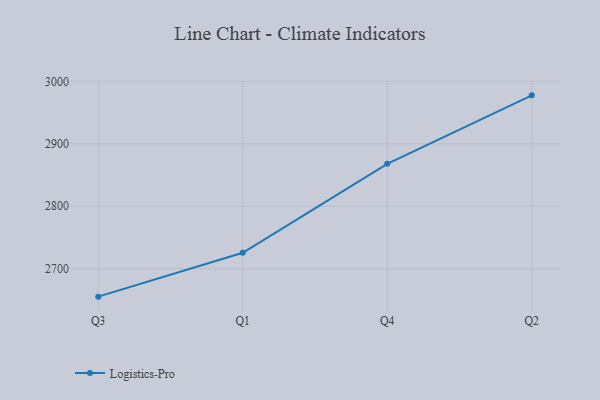
{"axis": {"x": "Quarter", "y": "Backlog"}, "legend": ["Logistics-Pro"], "data": [{"x": "Q3", "y": 2655.2, "type": "Logistics-Pro"}, {"x": "Q1", "y": 2725.5, "type": "Logistics-Pro"}, {"x": "Q4", "y": 2867.9, "type": "Logistics-Pro"}, {"x": "Q2", "y": 2977.6, "type": "Logistics-Pro"}]}